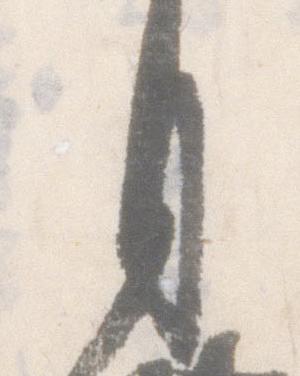
月